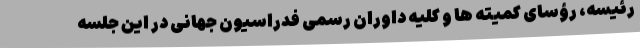
رئیسه، رؤسای کمیته ها و کلیه داوران رسمی فدراسیون جهانی در این جلسه